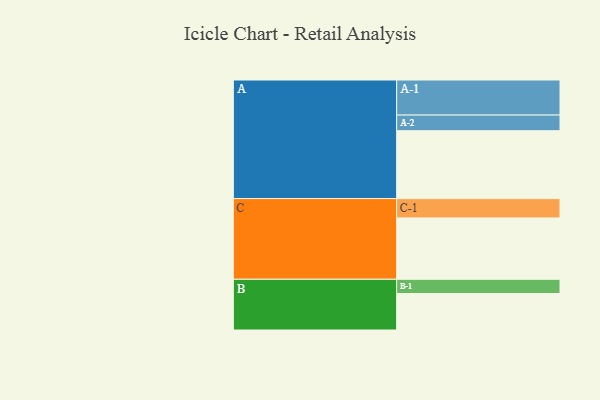
{"axis": {"x": "Segment", "y": "Value"}, "legend": ["", "A", "B", "C"], "data": [{"x": "A", "y": 573, "type": ""}, {"x": "B", "y": 308, "type": ""}, {"x": "C", "y": 518, "type": ""}, {"x": "A-1", "y": 296, "type": "A"}, {"x": "A-2", "y": 132, "type": "A"}, {"x": "B-1", "y": 120, "type": "B"}, {"x": "C-1", "y": 163, "type": "C"}]}